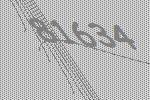
81634